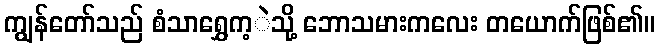
ကျွန်တော်သည် စံသာရွှေက့ဲသို့ ဘောသမားကလေး တယောက်ဖြစ်၏။